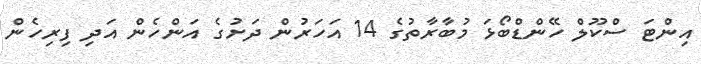
އިންޓަ ސްކޫލް ހޭންޑްބޯޅަ މުބާރާތުގެ 14 އަހަރުން ދަށުގެ އަންހެން އަދި ފިރިހެން